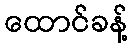
ထောင်ခန့်